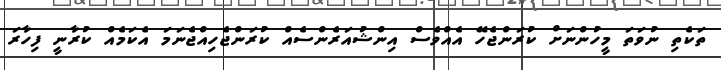
ތަކެތި ނުވަތަ މީހުންނަށް ކުރަންޖެހޭ އެއްވެސް އިންޝުއަރެންސެއް ކުރަންޖެހިއްޖެނަމަ އެކަމެއް ކުރާނީ ފިހާރަ